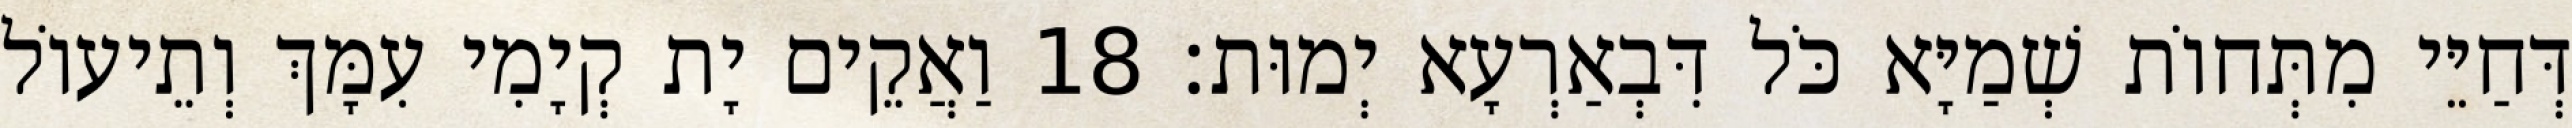
דְּחַיֵּי מִתְּחוֹת שְׁמַיָּא כֹּל דִּבְאַרְעָא יְמוּת׃ 18 וַאֲקֵים יָת קְיָמִי עִמָּךְ וְתֵיעוֹל